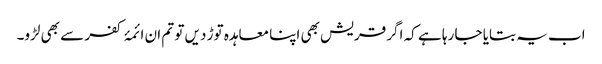
اب یہ بتایا جا رہا ہے کہ اگر قریش بھی اپنا معاہدہ توڑ دیں تو تم ان ائمۂ کفر سے بھی لڑو۔